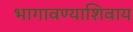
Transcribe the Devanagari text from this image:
भागावण्याशिवाय